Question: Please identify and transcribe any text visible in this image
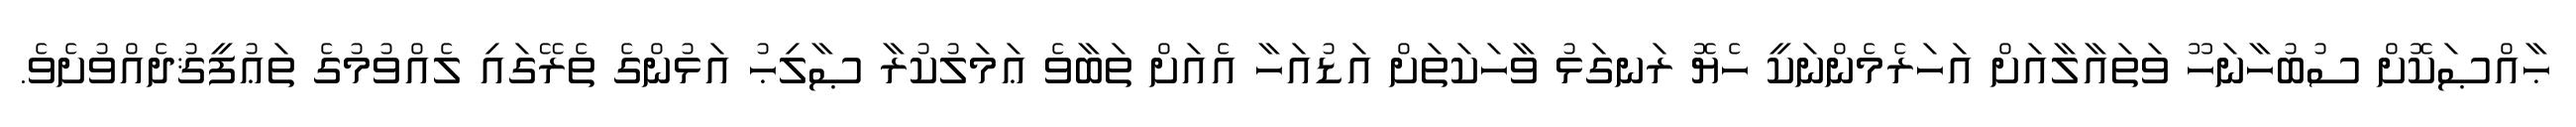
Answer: ޙާއްޞަކޮށް ސުބުހާނަހޫ ވަތައާލާއަށް އަހަރެމެންނަކީ ހެޔޮ ރަނގަޅު ވާހަކަތަށް އަޑުއަހާ އެއަށް ތަބާވެ ޢަމަލުކުރާ ޞާލިޙު އަޅުންގެ ތެރޭގައި ލެއްވުމުގެ ތަޢުފީޤުދެއްވުށެވެ.